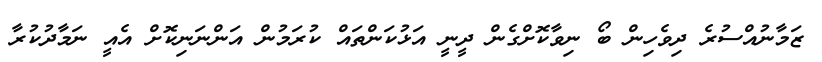
ޒަމާނުއްސުރެ ދިވެހިން ބޯ ނިވާކޮށްގެން ދީނީ އަޅުކަންތައް ކުރަމުން އަންނަނިކޮށް އެއީ ނަމާދުކުރާ